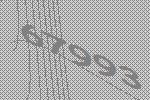
67993